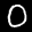
Label: 0